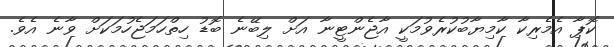
ކޮޕާ އެމެރިކާ ކާމިޔާބުކުރެވުމަކީ އާޖެންޓީނާ އަށް ލިބޭނެ ބޮޑު ހިތްހަމަޖެހުމަކަށް ވާނެ އެވެ.